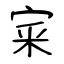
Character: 宷